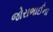
જોરાભાઈના